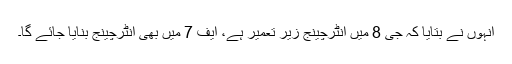
انہوں نے بتایا کہ جی 8 میں انٹرچینج زیر تعمیر ہے، ایف 7 میں بھی انٹرچینج بنایا جائے گا۔